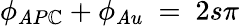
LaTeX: \phi_{\mathit{A}P\mathbb{C}}+\phi_{\mathit{A}u}~=~2s\pi